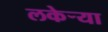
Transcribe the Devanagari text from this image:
लकेऱ्या